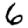
Digit: 6